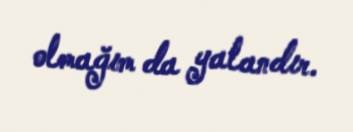
olmağım da yalandır.